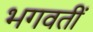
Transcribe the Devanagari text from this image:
भगवतीं